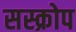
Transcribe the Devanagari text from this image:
सस्क्रोप